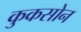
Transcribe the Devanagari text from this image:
कुकसोन